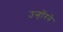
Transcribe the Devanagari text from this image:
उन्होंरने